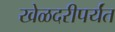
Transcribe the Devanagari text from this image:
खेळदरीपर्यंत